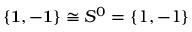
\{ { \bf 1 } , - { \bf 1 } \} \cong S ^ { 0 } = \{ 1 , - 1 \}